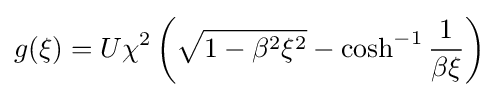
g(\xi )=U\chi ^{2}\left({\sqrt {1-\beta ^{2}\xi ^{2}}}-\cosh ^{-1}{\frac {1}{\beta \xi }}\right)